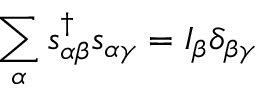
\sum _ { \alpha } s _ { \alpha \beta } ^ { \dagger } s _ { \alpha \gamma } = I _ { \beta } \delta _ { \beta \gamma }